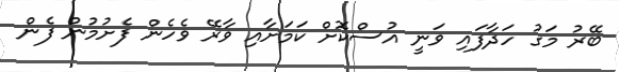
ބޭރު މަގު ހަދާފައި ވަނީ އުސްކޮށް ކަމަށާއި ވާރޭ ވެހެން ފެށުމުން ފެން